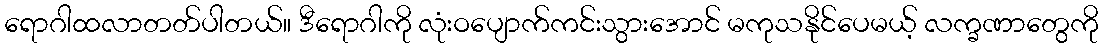
ရောဂါထလာတတ်ပါတယ်။ ဒီရောဂါကို လုံးဝပျောက်ကင်းသွားအောင် မကုသနိုင်ပေမယ့် လက္ခဏာတွေကို